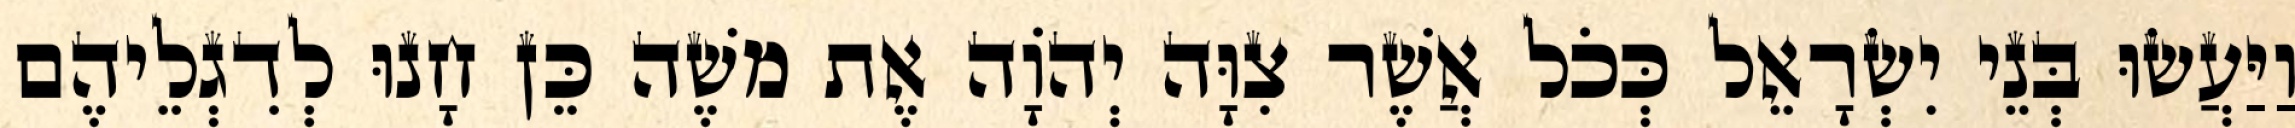
וַיַּעֲשׂוּ בְּנֵי יִשְׂרָאֵל כְּכֹל אֲשֶׁר צִוָּה יְהֹוָה אֶת משֶׁה כֵּן חָנוּ לְדִגְלֵיהֶם